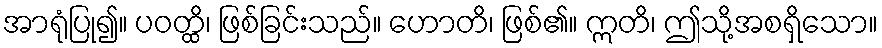
အာရုံပြု၍။ ပဝတ္ထိ၊ ဖြစ်ခြင်းသည်။ ဟောတိ၊ ဖြစ်၏။ ဣတိ၊ ဤသို့အစရှိသော။